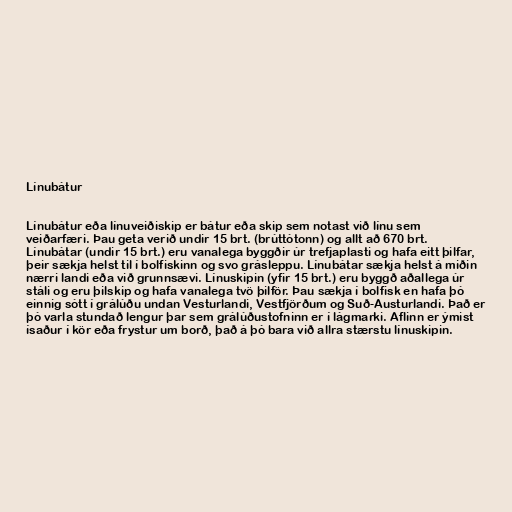
Línubátur

Línubátur eða línuveiðiskip er bátur eða skip sem notast við línu sem
veiðarfæri. Þau geta verið undir 15 brt. (brúttótonn) og allt að 670 brt.
Línubátar (undir 15 brt.) eru vanalega byggðir úr trefjaplasti og hafa eitt þilfar,
þeir sækja helst til í bolfiskinn og svo grásleppu. Línubátar sækja helst á miðin
nærri landi eða við grunnsævi. Línuskipin (yfir 15 brt.) eru byggð aðallega úr
stáli og eru þilskip og hafa vanalega tvö þilför. Þau sækja í bolfisk en hafa þó
einnig sótt í grálúðu undan Vesturlandi, Vestfjörðum og Suð-Austurlandi. Það er
þó varla stundað lengur þar sem grálúðustofninn er í lágmarki. Aflinn er ýmist
ísaður í kör eða frystur um borð, það á þó bara við allra stærstu línuskipin.